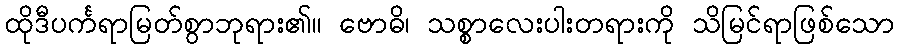
ထိုဒီပင်္ကရာမြတ်စွာဘုရား၏။ ဗောဓိ၊ သစ္စာလေးပါးတရားကို သိမြင်ရာဖြစ်သော